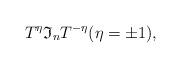
LaTeX: \begin{align*}T^{\eta}\mathfrak{I}_n T^{-\eta}(\eta=\pm 1),\end{align*}